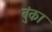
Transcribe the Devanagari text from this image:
बुंका